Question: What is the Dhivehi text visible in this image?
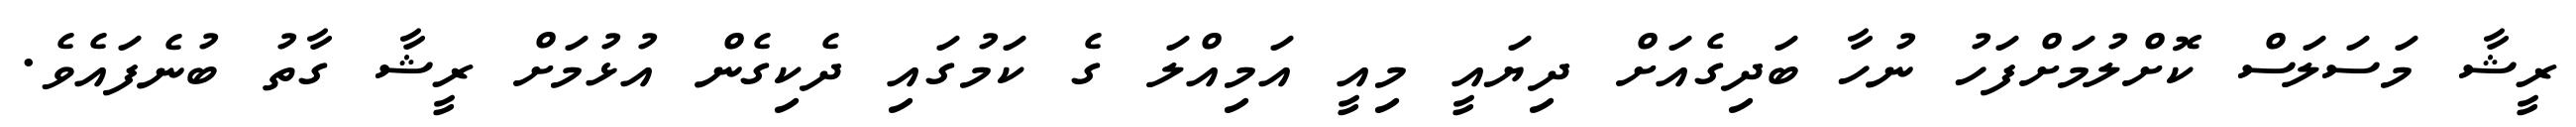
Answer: ރީޝާ މަސަލަސް ކޮށްލުމަށްފަހު ނުހާ ބަދިގެއަށް ދިޔައީ މިއީ އަމިއްލަ ގެ ކަމުގައި ދެކިގެން އުޅުމަށް ރީޝާ ގާތު ބުނެފައެވެ.